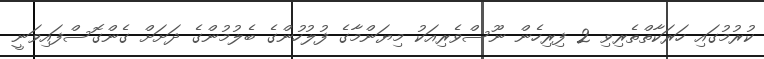
ކުރުމުގައި ހަރަކާތްތެރިވި 2 ފިރިހެން ނޫސްވެރިއަކު މިޔަންމާގެ ފުލުހުންގެ ބެލުމުންގެ ދަށަށް ގެންގޮސްފައިވަނީ